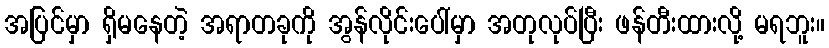
အပြင်မှာ ရှိမနေတဲ့ အရာတခုကို အွန်လိုင်းပေါ်မှာ အတုလုပ်ပြီး ဖန်တီးထားလို့ မရဘူး။